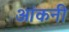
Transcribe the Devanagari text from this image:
आंकनी